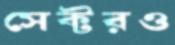
সেক্টরও